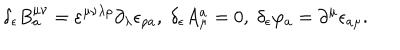
\delta _ { \epsilon } B _ { a } ^ { \mu \nu } = \varepsilon ^ { \mu \nu \lambda \rho } \partial _ { \lambda } \epsilon _ { \rho a } , \; \delta _ { \epsilon } A _ { \mu } ^ { a } = 0 , \; \delta _ { \epsilon } \varphi _ { a } = \partial ^ { \mu } \epsilon _ { a \mu } .